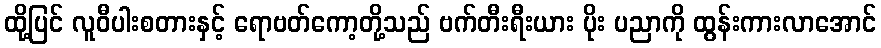
ထို့ပြင် လူဝီပါးစတားနှင့် ရောဗတ်ကော့တို့သည် ဗက်တီးရီးယား ပိုး ပညာကို ထွန်းကားလာအောင်